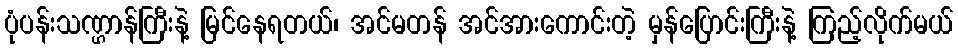
ပုံပန်းသဏ္ဌာန်ကြီးနဲ့ မြင်နေရတယ်၊ အင်မတန် အင်အားကောင်းတဲ့ မှန်ပြောင်းကြီးနဲ့ ကြည့်လိုက်မယ်